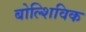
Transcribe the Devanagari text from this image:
बोल्शिविक